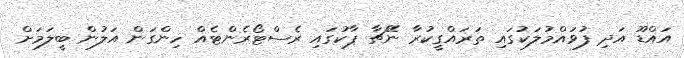
އައްޑޫ އަދި ފުވައްމުލަކުގައި ތަރައްގީކުރާ ނޭޗާ ޕާކުގައި ރެސްޓޯރެންޓެއް ހިންގަން އަލުން ބީލަމަށް